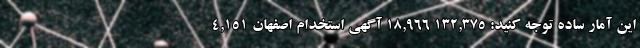
این آمار ساده توجه کنید: 132,375 18,966 آگهی استخدام اصفهان 4,151